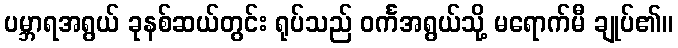
ပမ္ဘာရအရွယ် ခုနစ်ဆယ်တွင်း ရုပ်သည် ဝင်္ကအရွယ်သို့ မရောက်မီ ချုပ်၏။